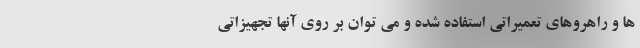
ها و راهروهای تعمیراتی استفاده شده و می ‌توان بر روی آنها تجهیزاتی